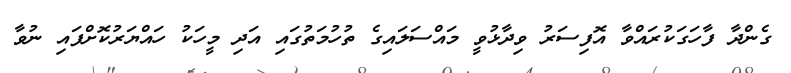
ގެންދާ ފާހަގަކުރައްވާ އޮފިސަރު ވިދާޅުވީ މައްސަލައިގެ ތުހުމަތުގައި އަދި މީހަކު ހައްޔަރުކޮށްފައި ނުވާ